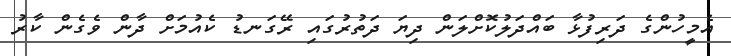
އެމީހުންގެ ދަރިފުޅާ ބައްދަލުކޮށްލަން ދިޔަ ދަތުރުގައި ރޭގަނޑު ކެއުމަށް ދާން ވެގެން ކާރު